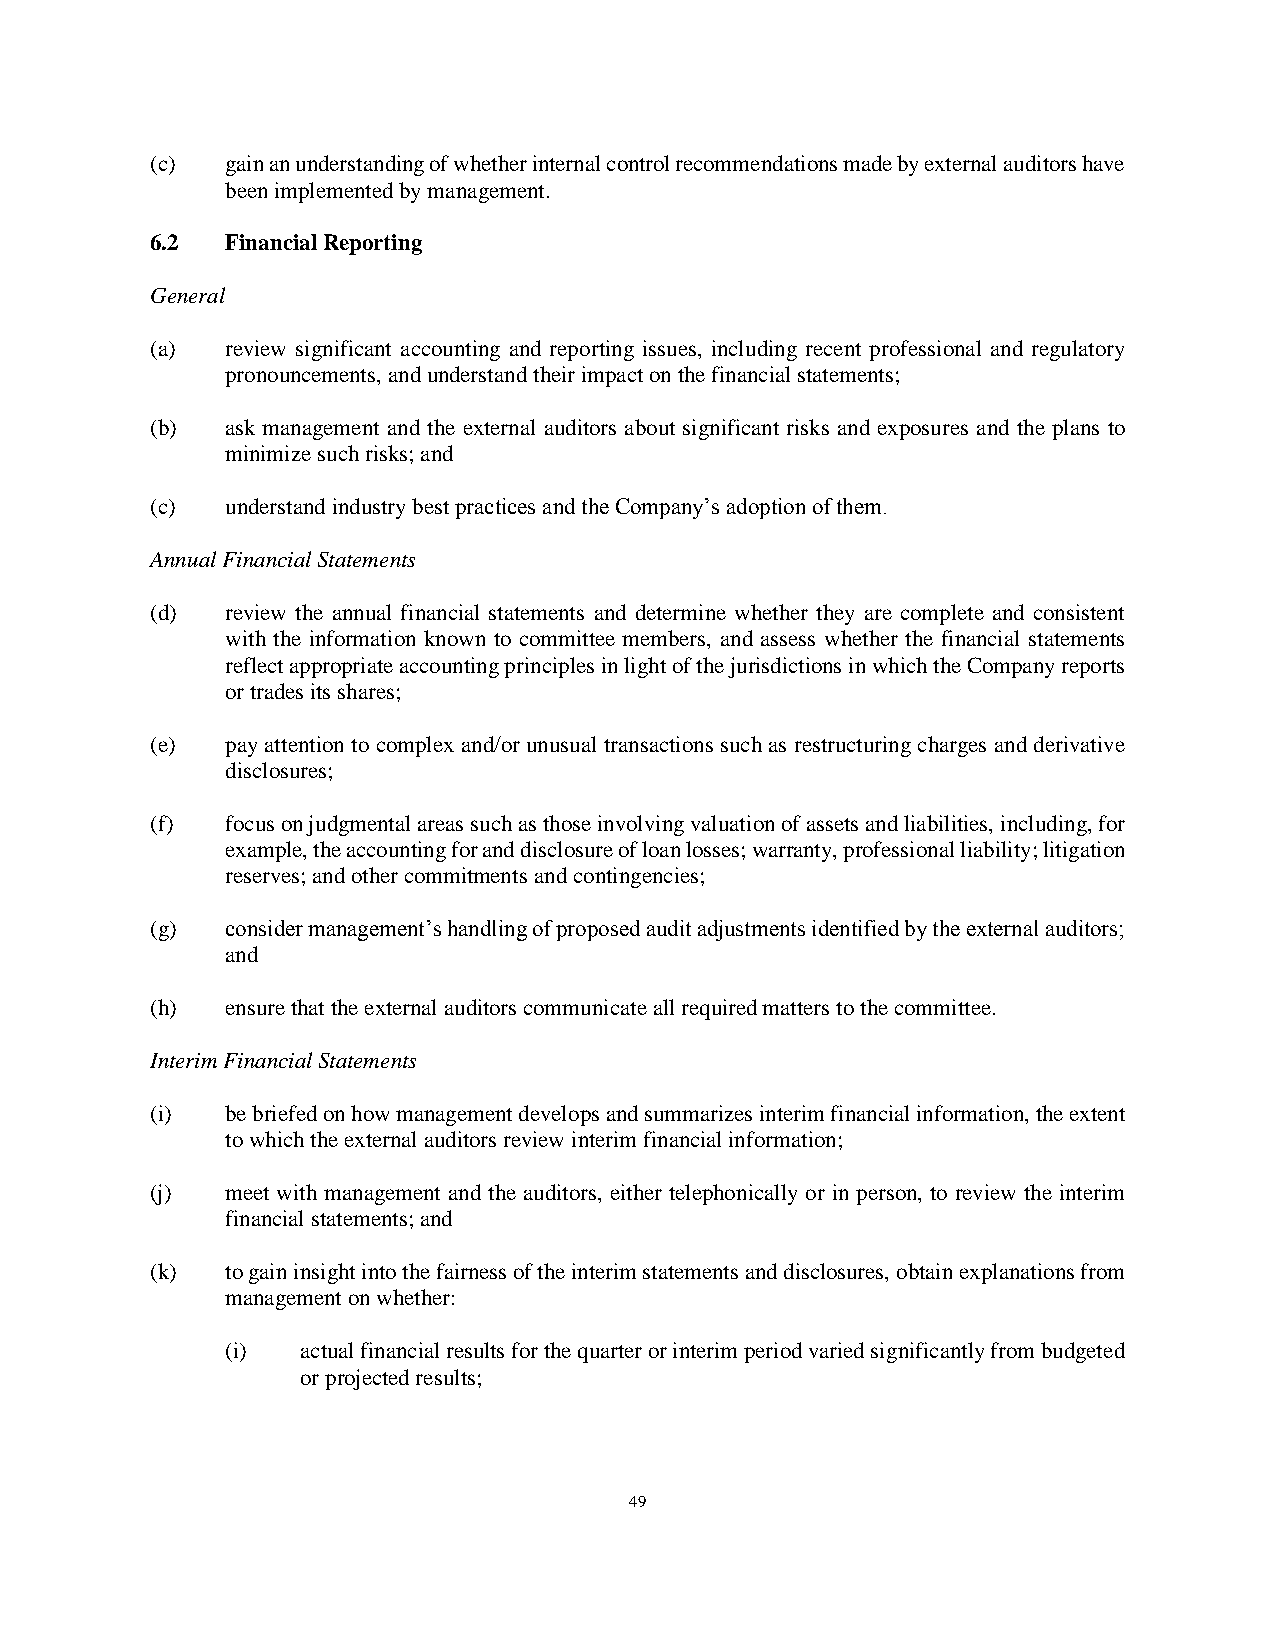
(c)  gain an understanding of whether internal control recommendations made by external auditors have
 been implemented by management.
 6.2  Financial Reporting
 General
 (a)  review significant accounting and reporting issues, including recent professional and regulatory
 pronouncements, and understand their impact on the financial statements;
 (b)  ask management and the external auditors about significant risks and exposures and the plans to
 minimize such risks; and
 (c)  understand industry best practices and the Company’s adoption of them.
 Annual Financial Statements
 (d)  review the annual financial statements and determine whether they are complete and consistent
 with the information known to committee members, and assess whether the financial statements
 reflect appropriate accounting principles in light of the jurisdictions in which the Company reports
 or trades its shares;
 (e)  pay attention to complex and/or unusual transactions such as restructuring charges and derivative
 disclosures;
 (f)  focus on judgmental areas such as those involving valuation of assets and liabilities, including, for
 example, the accounting for and disclosure of loan losses; warranty, professional liability; litigation
 reserves; and other commitments and contingencies;
 (g)  consider management’s handling of proposed audit adjustments identified by the external auditors;
 and
 (h)  ensure that the external auditors communicate all required matters to the committee.
 Interim Financial Statements
 (i)  be briefed on how management develops and summarizes interim financial information, the extent
 to which the external auditors review interim financial information;
 (j)  meet with management and the auditors, either telephonically or in person, to review the interim
 financial statements; and
 (k)  to gain insight into the fairness of the interim statements and disclosures, obtain explanations from
 management on whether:
 (i)  actual financial results for the quarter or interim period varied significantly from budgeted
 or projected results;
 49